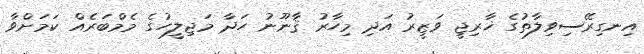
އިނގިރޭސިވިލާތުގެ ޚާރިޖީ ވަޒީރު އަދި މިހާރު ޤާނޫނު ހަދާ މަޖިލީހުގެ މެމްބަރެއް ކަމަށްވާ